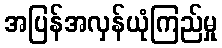
အပြန်အလှန်ယုံကြည်မှု